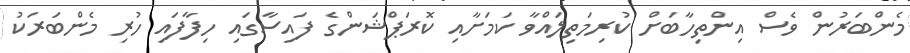
މެންބަރުން ވެސް އިންތިހާބަށް ކުރިމަތިލައްވާ ކަމަށާއި ކޮރަޕްޝަންގެ ފައިސާގައި ހިފާފައި ހުރި މެންބަރަކު